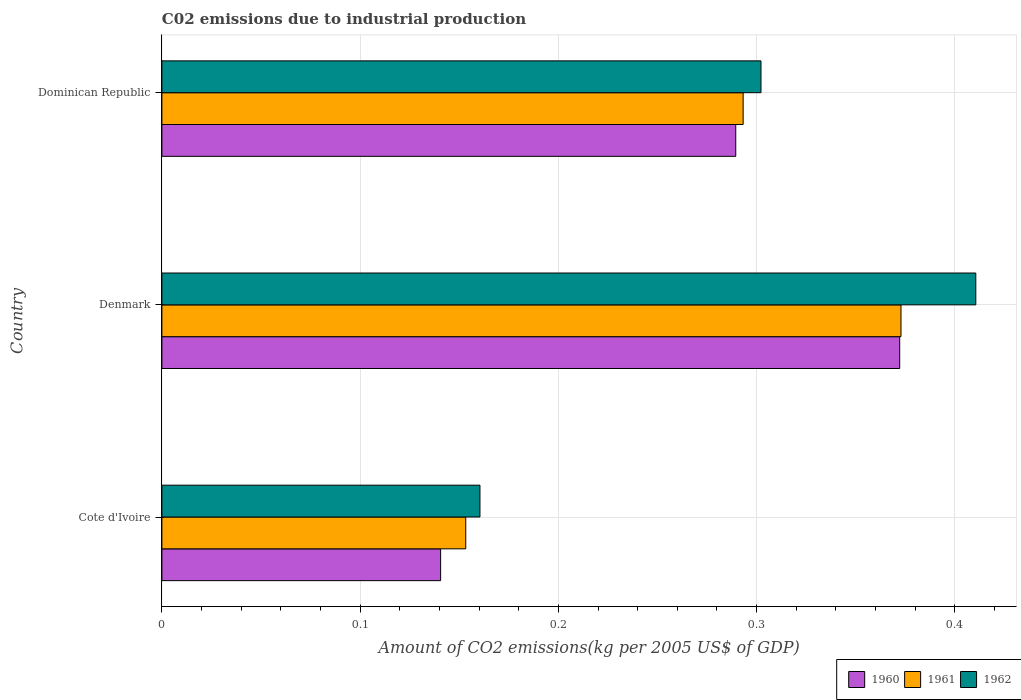
| Country | 1960 | 1961 | 1962 |
 | --- | --- | --- | --- |
 | Cote d'Ivoire | 0.141 | 0.153 | 0.16 |
 | Denmark | 0.372 | 0.373 | 0.411 |
 | Dominican Republic | 0.289 | 0.293 | 0.302 |